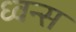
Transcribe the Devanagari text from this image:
ध्वन्स